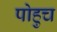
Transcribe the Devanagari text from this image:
पोहुच